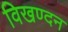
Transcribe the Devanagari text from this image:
विखण्दन